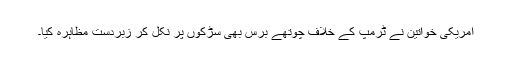
امریکی خواتین نے ٹرمپ کے خلاف چوتھے برس بھی سڑکوں پر نکل کر زبردست مظاہرہ کیا۔